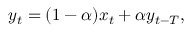
y _ { t } = ( 1 - \alpha ) x _ { t } + \alpha y _ { t - T } ,